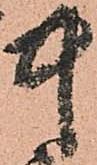
中